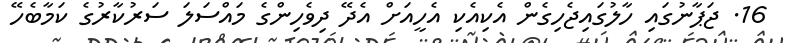
16. ޖަޕާނުގައި ހާލުގައިޖެހިގެން އެކިއެކި އެހީއަށް އެދޭ ދިވެހިންގެ މައްސަލަ ސަރުކާރުގެ ކަމާބެހޭ